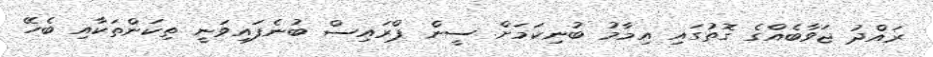
ރައްދު ޖަވާބެއްގެ ގޮޮތުގައި އިމާމު ބުނިކަމަށް ސީން ޕްރައިސް ބުނެފައިވަނީ ތިކަންތަކާއި ބެހޭ